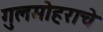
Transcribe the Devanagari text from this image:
गुलमोहराचे